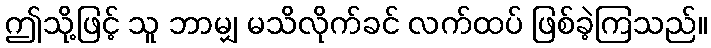
ဤသို့ဖြင့် သူ ဘာမျှ မသိလိုက်ခင် လက်ထပ် ဖြစ်ခဲ့ကြသည်။